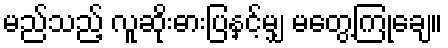
မည်သည့် လူဆိုးဓားပြနှင့်မျှ မတွေ့ကြုံချေ။